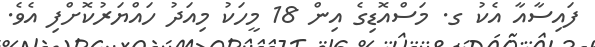
ފައިސާއާ އެކު ގ. މަސްއޮޑިގެ އިން 18 މީހަކު މިއަދު ހައްޔަރުކޮށްފި އެވެ.